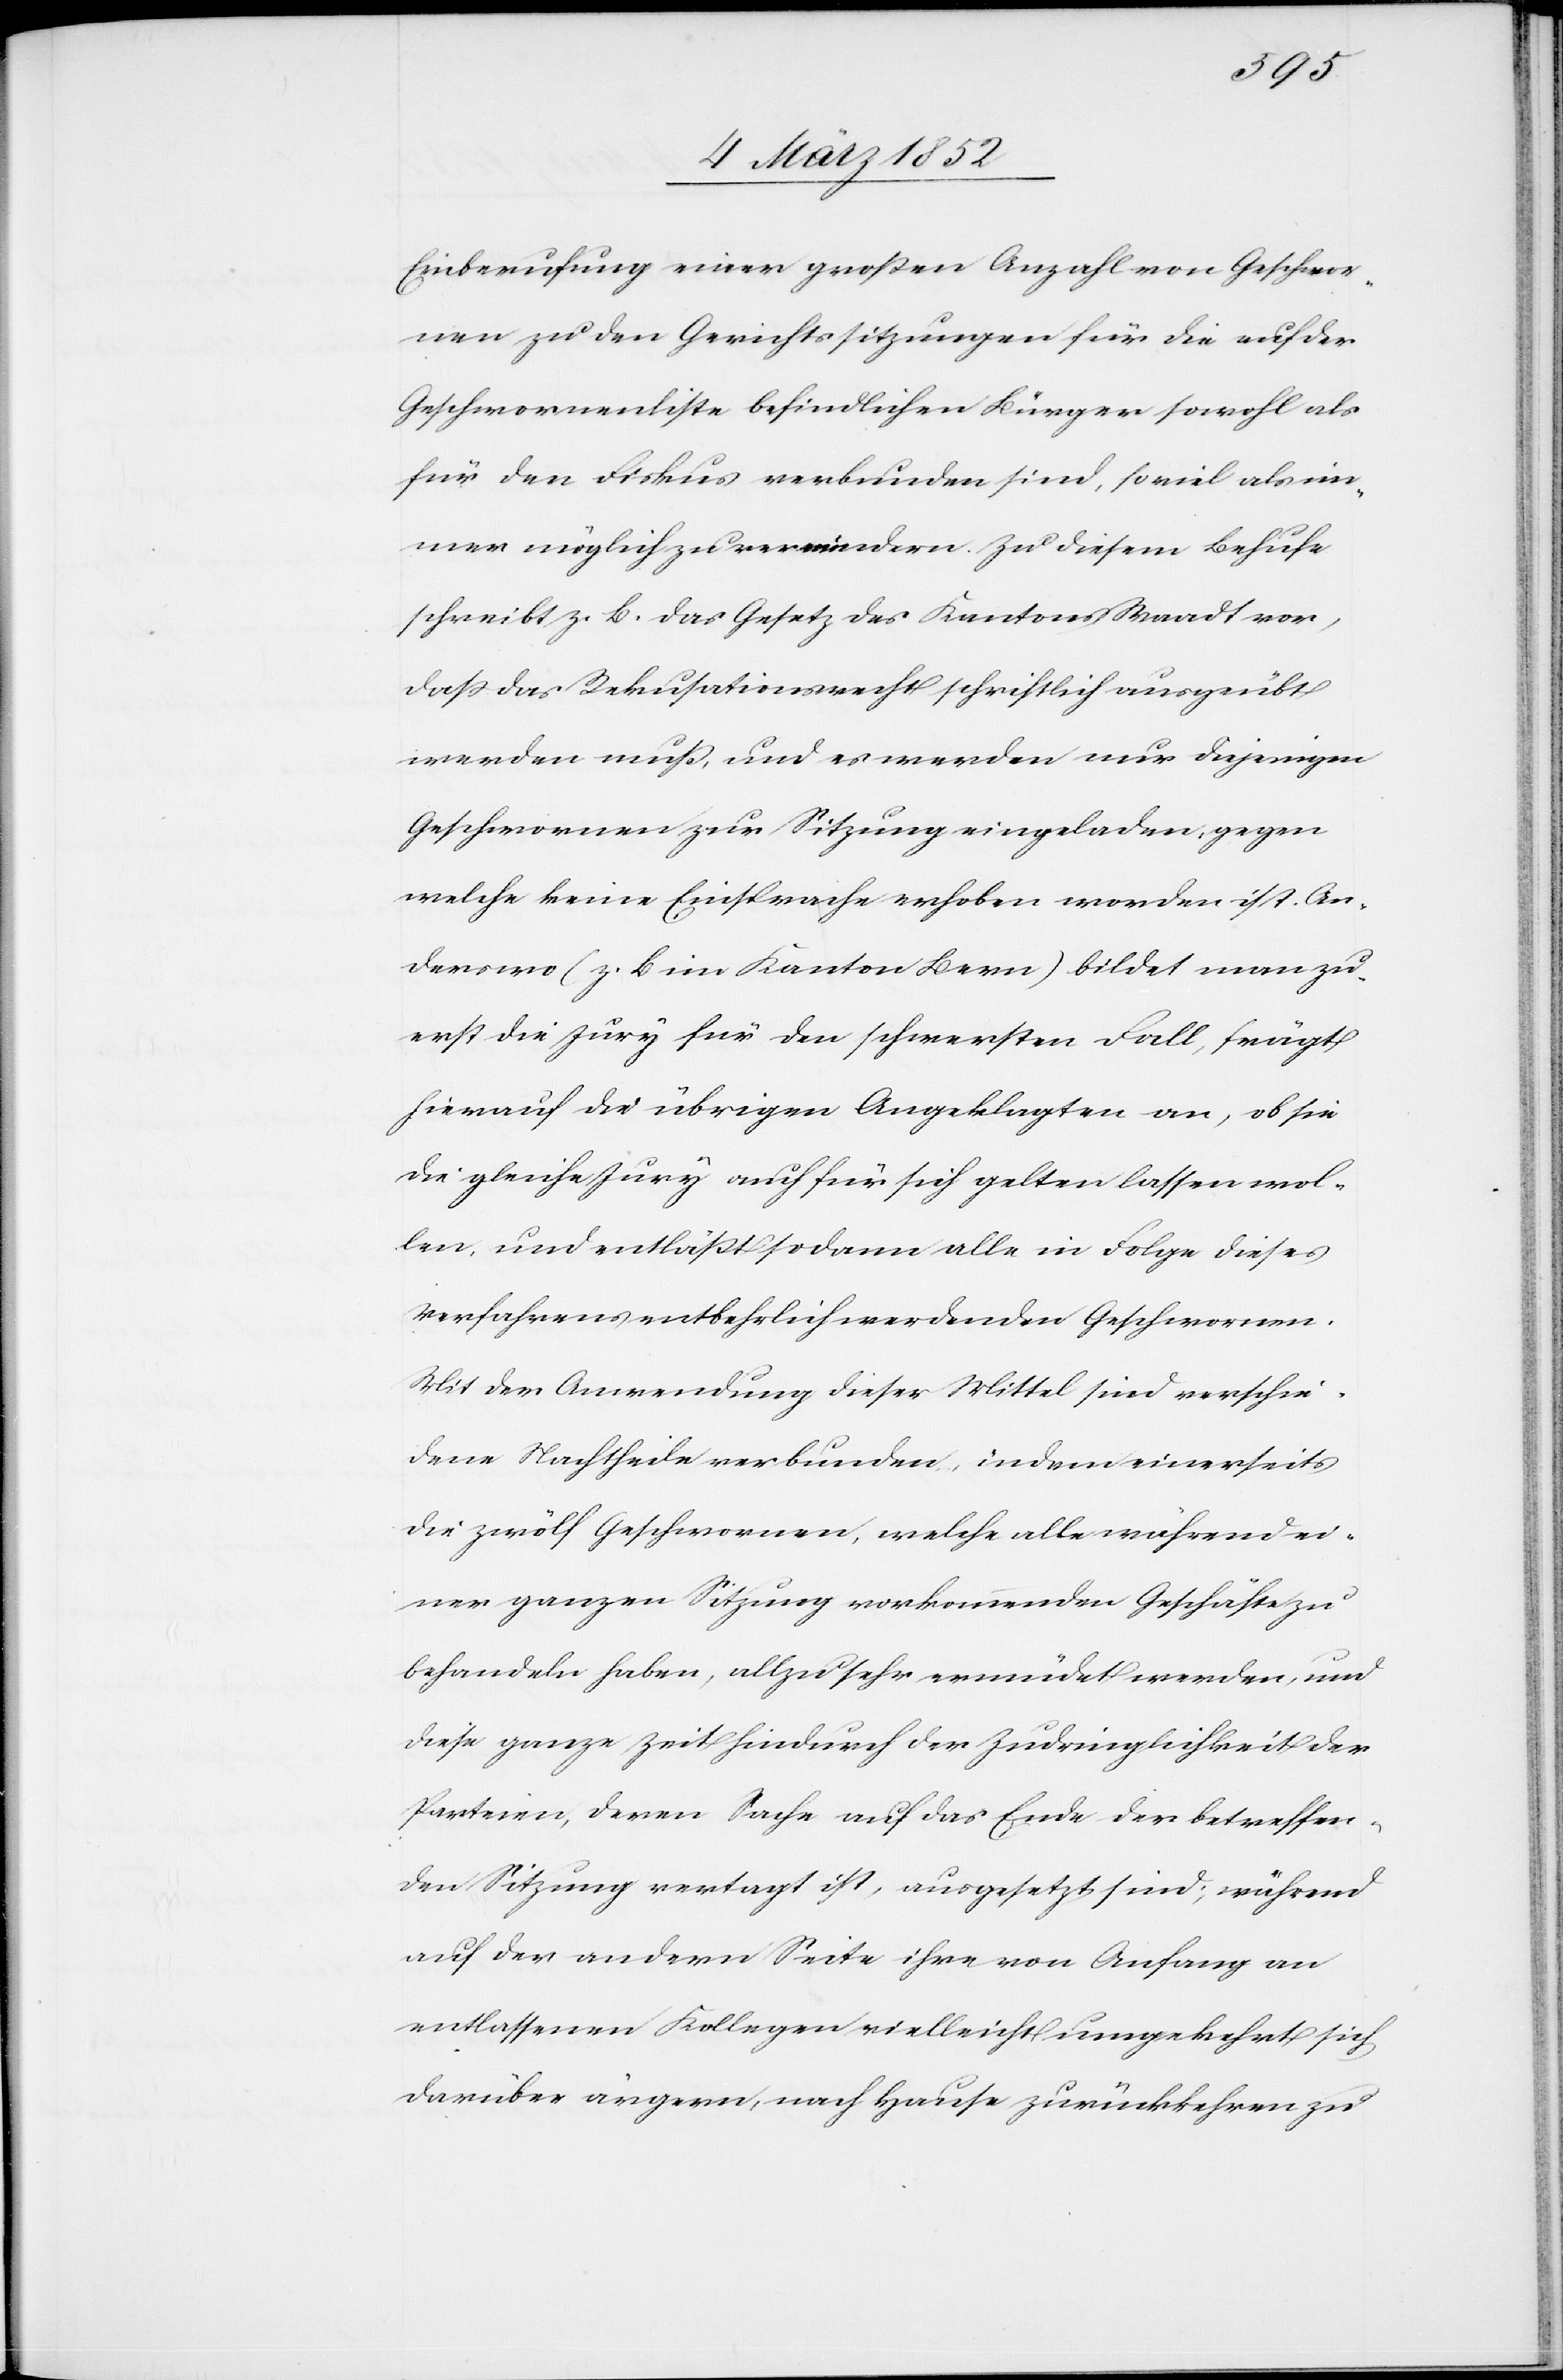
Einberufung einer großen Anzahl von Geschwor¬
nen zu den Gerichtssitzungen für die auf der
Geschwornenliste befindlichen Bürger sowohl als
für den Fiskus verbunden sind, so viel als im¬
mer möglich zu vermindern. Zu diesem Behufe
schreibt z. B. das Gesetz des Kantons Waadt vor,
daß das Rekusationsrecht schriftlich ausgeübt
werden muß, und es werden nur diejenigen
Geschwornen zur Sitzung eingeladen, gegen
welche keine Einsprache erhoben worden ist. An¬
derswo (z. B. im Kanton Bern) bildet man zu¬
erst die Jury für den schwersten Fall, frägt
hierauf die übrigen Angeklagten an, ob sie
die gleiche Jury auch für sich gelten lassen wol¬
len, und entläßt sodann alle in Folge dieses
Verfahrens entbehrlich werdenden Geschwornen.
Mit der Anwendung dieser Mittel sind verschie¬
dene Nachtheile verbunden, indem einerseits
die zwölf Geschwornen, welche alle während ei¬
ner ganzen Sitzung vorkommenden Geschäfte zu
behandeln haben, allzu sehr ermüdet werden, und
diese ganze Zeit hindurch der Zudringlichkeit der
Parteien, deren Sache auf das Ende der betreffen¬
den Sitzung vertragt ist, ausgesetzt sind; während
auf der andern Seite ihre von Anfang an
entlassenen Kollegen vielleicht umgekehrt sich
darüber ärgern, nach Hause zurückkehren zu